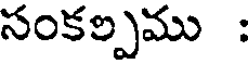
సంకల్పము :